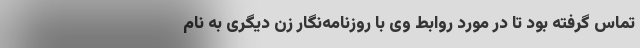
تماس گرفته بود تا در مورد روابط وی با روزنامه‌نگار زن دیگری به نام